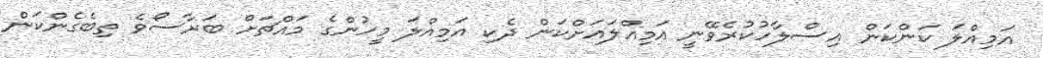
އަމިއްލަ ކަންކަން އިސްލާހުކުރެވޭނީ އަމިއްލައަށްކަން ދެކި އަމިއްލަ މީހުންގެ މައްޗަށް ބަރާސޯވެ ތިބެގެންކަން